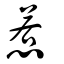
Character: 惹